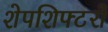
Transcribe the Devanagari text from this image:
शेपशिफ्टरों